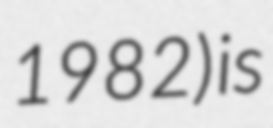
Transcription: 1982) is